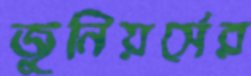
জুনিয়র্সের